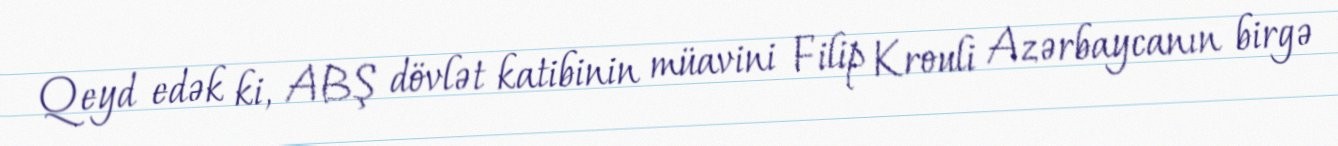
Qeyd edək ki, ABŞ dövlət katibinin müavini Filip Krouli Azərbaycanın birgə